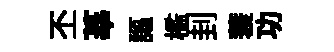
丕莘謳檻刲蓑功